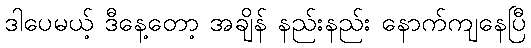
ဒါပေမယ့် ဒီနေ့တော့ အချိန် နည်းနည်း နောက်ကျနေပြီ